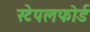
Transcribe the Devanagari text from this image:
स्टेपलफोर्ड